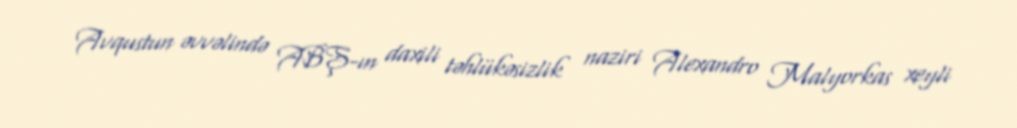
Avqustun əvvəlində ABŞ-ın daxili təhlükəsizlik naziri Alexandro Malyorkas xeyli